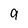
Character: 9